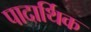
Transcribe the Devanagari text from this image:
पादार्थिक